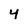
Character: 4